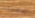
اشكركم